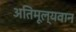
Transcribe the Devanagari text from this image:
अतिमूल्यवान